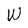
Character: W